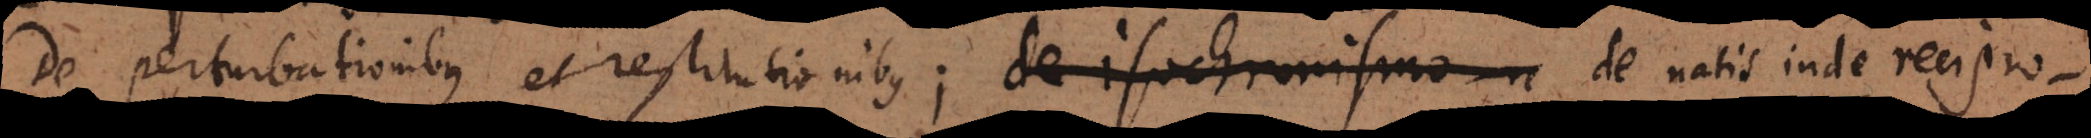
De perturbationibus et restitutionibus; de Isochronismo re natis inde recipro